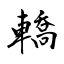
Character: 轎